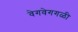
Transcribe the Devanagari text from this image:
वेगवेगगळी